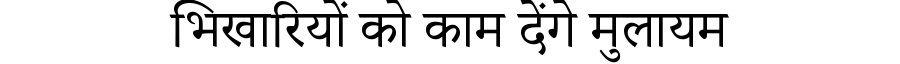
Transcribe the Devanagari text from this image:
भिखारियों को काम देंगे मुलायम